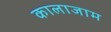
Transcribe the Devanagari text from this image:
कालाजाम